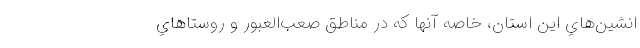
انشين‌هاي اين استان، خاصه آنها كه در مناطق صعب‌العبور و روستاهاي